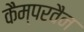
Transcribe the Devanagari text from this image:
कैम्परवैन